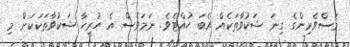
މަސްވެރިންގެ ގިނަ ޝަކުވާތަކެއް އެބަ ހުއްޓެވެ. ނަމަވެސް އެ ހުރިހާ ޝަކުވާތަކަކަށް މި